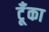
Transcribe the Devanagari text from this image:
टूँका